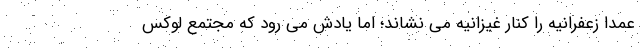
عمدا زعفرانیه را کنار غیزانیه می نشاند؛ اما یادش می رود که مجتمع لوکس